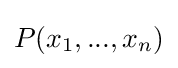
P(x_{1},...,x_{n})